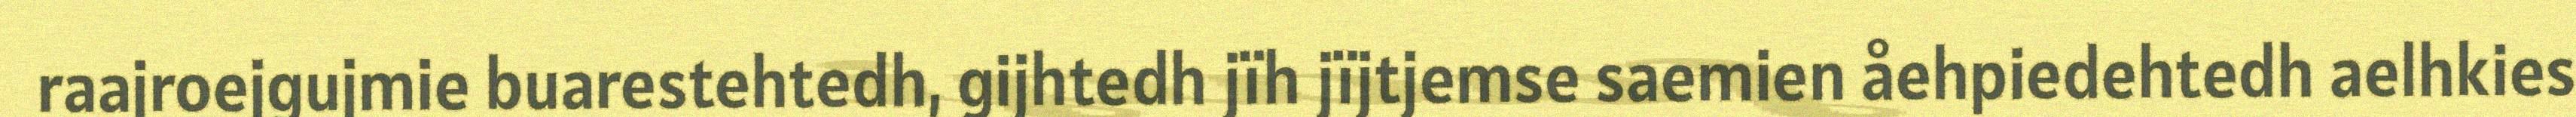
raajroejgujmie buarestehtedh, gijhtedh jïh jïjtjemse saemien åehpiedehtedh aelhkies